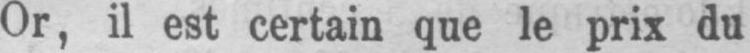
Or, il est certain que le prix du